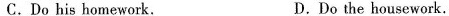
C.Do his homework. D.Do the housework.